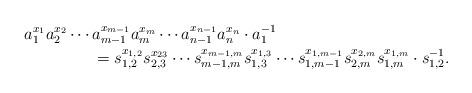
LaTeX: \begin{align*}a_1^{x_1} a_2^{x_2}\cdots {}& a_{m-1}^{x_{m-1}} a_m^{x_m} \cdots a_{n-1}^{x_{n-1}} a_n^{x_n} \cdot a_1^{-1} \\&=s_{1,2}^{x_{1,2}}s_{2,3}^{x_{23}}\cdots s_{m-1,m}^{x_{m-1,m}} s_{1,3}^{x_{1,3}} \cdots s_{1,m-1}^{x_{1,m-1}} s_{2,m}^{x_{2,m}} s_{1,m}^{x_{1,m}} \cdot s_{1,2}^{-1}.\end{align*}